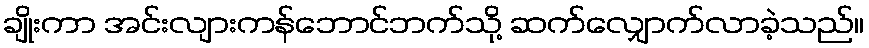
ချိုးကာ အင်းလျားကန်ဘောင်ဘက်သို့ ဆက်လျှောက်လာခဲ့သည်။